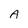
Character: A